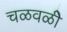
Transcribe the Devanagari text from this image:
चळवळीे